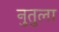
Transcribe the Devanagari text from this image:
नुतुला